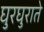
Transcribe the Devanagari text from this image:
घुरघुराते